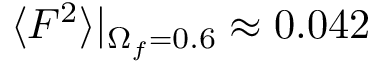
\langle F ^ { 2 } \rangle | _ { \Omega _ { f } = 0 . 6 } \approx 0 . 0 4 2